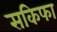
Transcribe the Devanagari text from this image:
सकिफा